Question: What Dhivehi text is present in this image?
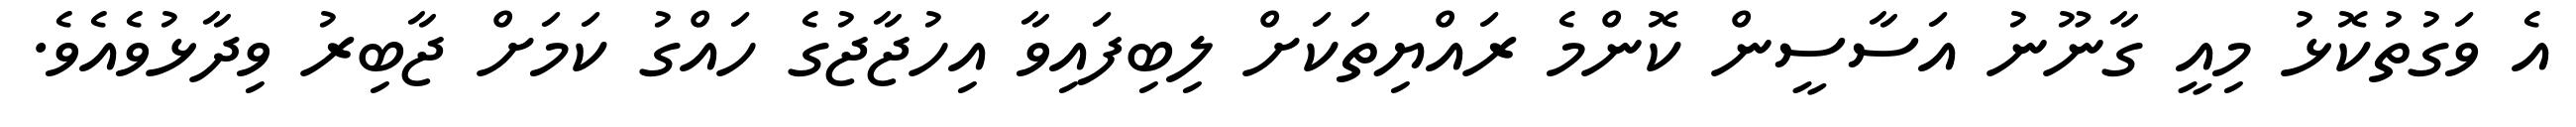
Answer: އެ ވަގުތުކޮޅު މިއީ ގާނޫނު އަސާސީން ކޮންމެ ރައްޔިތަކަށް ލިބިފައިވާ އިހުޖާޖުގެ ހައްގު ކަމަށް ޖާބިރު ވިދާޅުވެއެވެ.